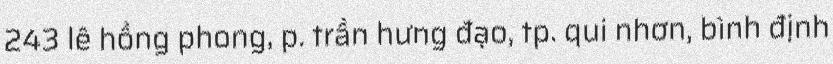
243 lê hồng phong, p. trần hưng đạo, tp. qui nhơn, bình định